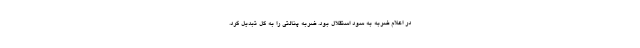
در اعلام ضربه به سود استقلال بود. ضربه پنالتی را به گل تبدیل کرد.